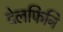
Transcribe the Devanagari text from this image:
देलफिनि